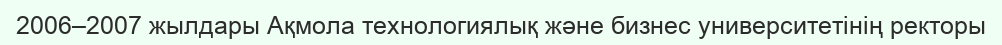
2006–2007 жылдары Ақмола технологиялық және бизнес университетінің ректоры